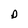
Character: p